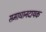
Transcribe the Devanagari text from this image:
समाधानदायक